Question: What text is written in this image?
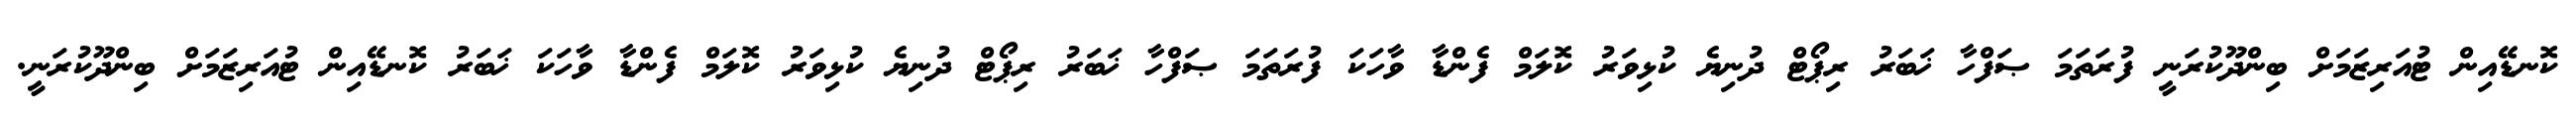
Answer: ކޮނޑޭއިން ޓުއަރިޒަމަށް ބިންދޫކުރަނީ ފުރަތަމަ ޞަފްހާ ޚަބަރު ރިޕޯޓް ދުނިޔެ ކުޅިވަރު ކޮލަމް ފެންޑާ ވާހަކަ ފުރަތަމަ ޞަފްހާ ޚަބަރު ރިޕޯޓް ދުނިޔެ ކުޅިވަރު ކޮލަމް ފެންޑާ ވާހަކަ ޚަބަރު ކޮނޑޭއިން ޓުއަރިޒަމަށް ބިންދޫކުރަނީ.